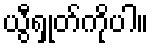
ယွီရှုတ်ကိုပါ။